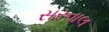
સરનાલ